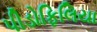
પીડોફિલિયા